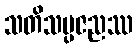
သတိသမ္ပဇညဿ